Report of the Bombay Plague Committee
Disease focus: Plague
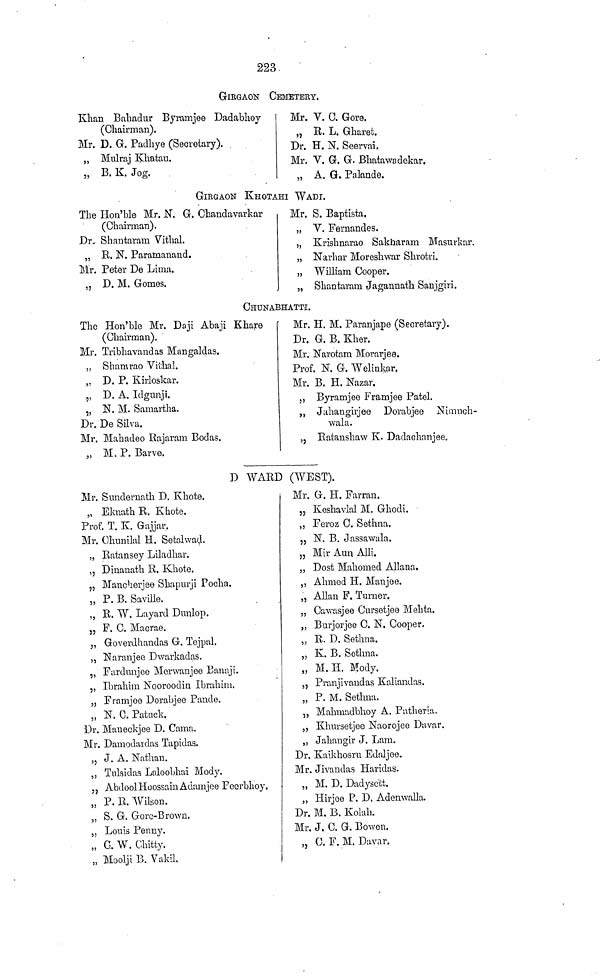
223
GIRGAON CEMETERY.
Khan Bahadur Byramjee Dadabhoy
(Chairman).
Mr. D. G. Padhye (Secretary).
„ Mulraj Khatau.
„ B.K. Jog.
Mr. V. C. Gore.
„ R. L. Gharet.
Dr. H. N. Seervai.
Mr. V. G. G. Bhatawadekar.
„ A. G. Palande.
GIRGAON KHOTAHI WADI.
The Hon'ble Mr. N. G. Ohandavarkar
(Chairman).
Dr. Shantaram Vithal.
„ R. N. Paramanand.
Mr. Peter De Lima.
„ D. M. Gomes.
Mr. S. Baptista.
„ V. Fernandes.
„ Krishnarao Sakharam Masurkar.
„ Narhar Moreshwar Shrotri.
„ William Cooper.
„ Shantaram Jagannath Sanjgiri.
CHUNABHATTI.
The Hon'ble Mr. Daji Abaji Khare
(Chairman).
Mr. Tribhavandas Mangaldas.
,, Shamrao Vithal.
„ D. P. Kirloskar.
„ D. A. Idgunji.
„ N. M. Samartha.
Dr. De Silva.
Mr. Mahadeo Rajaram Bodas.
„ M. P. Barve.
Mr. H. M. Paranjape (Secretary).
Dr. G. B. Kher.
Mr. Narotam Morarjee.
Prof. 1ST. G. Welinkar,
Mr. B. H. Nazar.
,, Byramjee Framjee Patel.
„ Juhangirjee Dorabjee Niiirach-
wala.
,, Ratanshaw K. Dadachanjee.
D WARD (WEST).
Mr. Sundernath D. Khote.
„ EknathR. Khote.
Prof. T. K. Gajjar.
Mr. Chimilal H. Setalwad.
„ Ratansey Liladhar.
,, Dinanath R. Khote.
„ Mancherjae Shapnrji Pocha.
„ P. B. Saville.
„ R. W. Layard Dunlop.
„ F. C. Macrae.
„ Goverdhandas G. Tejpal.
„ Naranjee Dwarkadas.
„ Fardnnjee Merwanjee Banaji.
„ Ibrahim Nooroodin Ibrahim.
„ Framjee Dorabjee Pande.
„ N. 0. Patack.
Dr. Maneckjee D. Cama.
Mr. Damodaidas Tapidas.
,, J. A. Nathan.
„ Tulsidas Laloobhai Mody.
, , Abdool Hoossain Adamjee Feerbhoy .
„ P. R. Wilson.
„ S. G. Gore-Brown.
„ Louis Penny.
„ G. W. Clutty.
„ Moolji B. Vakil.
Mr. G. H. Farran.
„ Keshavlal M. Ghodi.
„ Feroz C. Sethna.
„ N. B. Jassawala.
„ Mir Aun Alii.
„ Dost Mahomed Allana.
,, Ahmed H. Manjee.
„ Allan F. Turner.
„ Cawasjee Cursetjee Mehta.
„ Burjorjee C. N. Cooper.
„ R. D. Sethna.
„ K. B. Sethna.
„ M. H. Mody.
„ Pranji vand as Kaliandas.
„ P. M. Sethna.
,, Mahniadbhoy A. Patheria.
„ Khursetjee Naorojeo Davar.
„ Jahangir J. Lam.
Dr. Kaikhosru Ednljee.
Mr. Jivandas Haridas.
„ M. D. Dadysett.
,, Hirjoe P. D. Adenwalla.
Dr. M. B. Koluh.
Mr. J. C. G. Bowen.
„ C. F. M. Davar.